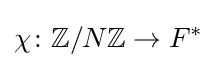
\chi \colon \mathbb {Z} /N\mathbb {Z} \rightarrow F^{*}